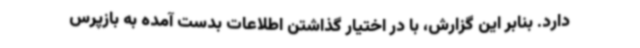
دارد. بنابر این گزارش، با در اختیار گذاشتن اطلاعات بدست آمده به بازپرس